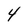
Character: 4